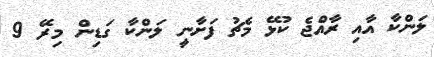
ލަންކާ އާއި ރާއްޖެ ކުޅޭ މެޗު ފަށާނީ ލަންކާ ގަޑިން މިރޭ 9